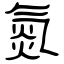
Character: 氮